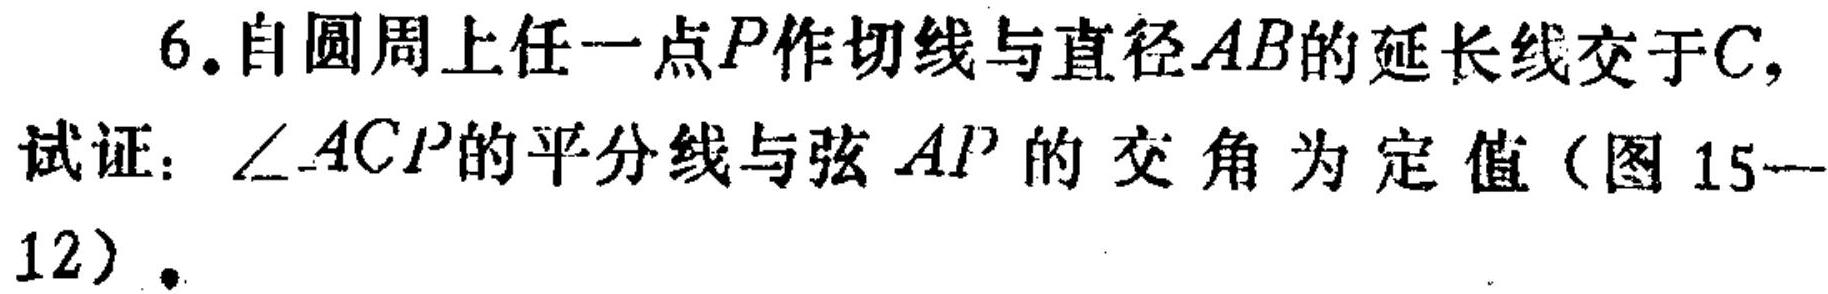
6.自圆周上任一点\(P\)作切线与直径\(AB\)的延长线交于\(C\)，
试证：\(\angle ACP\)的平分线与弦\(AP\)的交角为定值（图 15—12）.